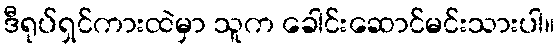
ဒီရုပ်ရှင်ကားထဲမှာ သူက ခေါင်းဆောင်မင်းသားပါ။